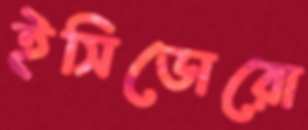
ইসিডোরো